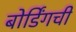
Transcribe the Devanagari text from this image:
बोर्डिंगची